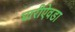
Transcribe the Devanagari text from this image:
घारीऐवडा